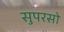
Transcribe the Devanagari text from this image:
सुपरसो